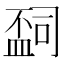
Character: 𬐩